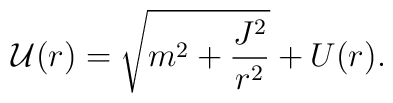
{\cal U}(r)=\sqrt{m^2+\frac{J^2}{r^2}}+ U(r).